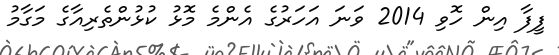
ފީފާ އިން ހޮވި 2014 ވަނަ އަހަރުގެ އެންމެ މޮޅު ކުޅުންތެރިއާގެ މަގާމު